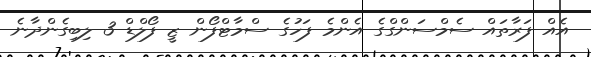
އެއް ފަރާތައް ސެމްސަންގްގެ އެންމެ ފަހުގެ ސްމާޓްފޯން ޒީ ފޯލްޑް 3 ލިބިގެންދާނެ